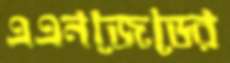
এএনজেডের